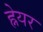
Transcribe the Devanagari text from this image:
ह्नेयर